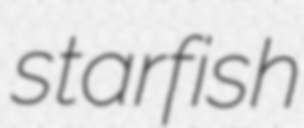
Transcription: starfish